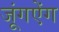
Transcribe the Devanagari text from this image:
जूंगऐंग